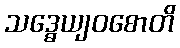
သဒ္ဓေယျဝစောတိ